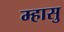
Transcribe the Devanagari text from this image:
म्हासु